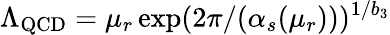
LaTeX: \Lambda_{\mathrm{QCD}}=\mu_{r}\exp(2\pi/(\alpha_{s}(\mu_{r})))^{1/b_{3}}